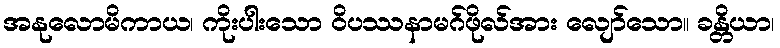
အနုလောမိကာယ၊ ကိုးပါးသော ဝိပဿနာမဂ်ဖိုလ်အား လျော်သော။ ခန္တိယာ၊